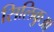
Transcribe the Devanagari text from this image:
सिलिकुआ